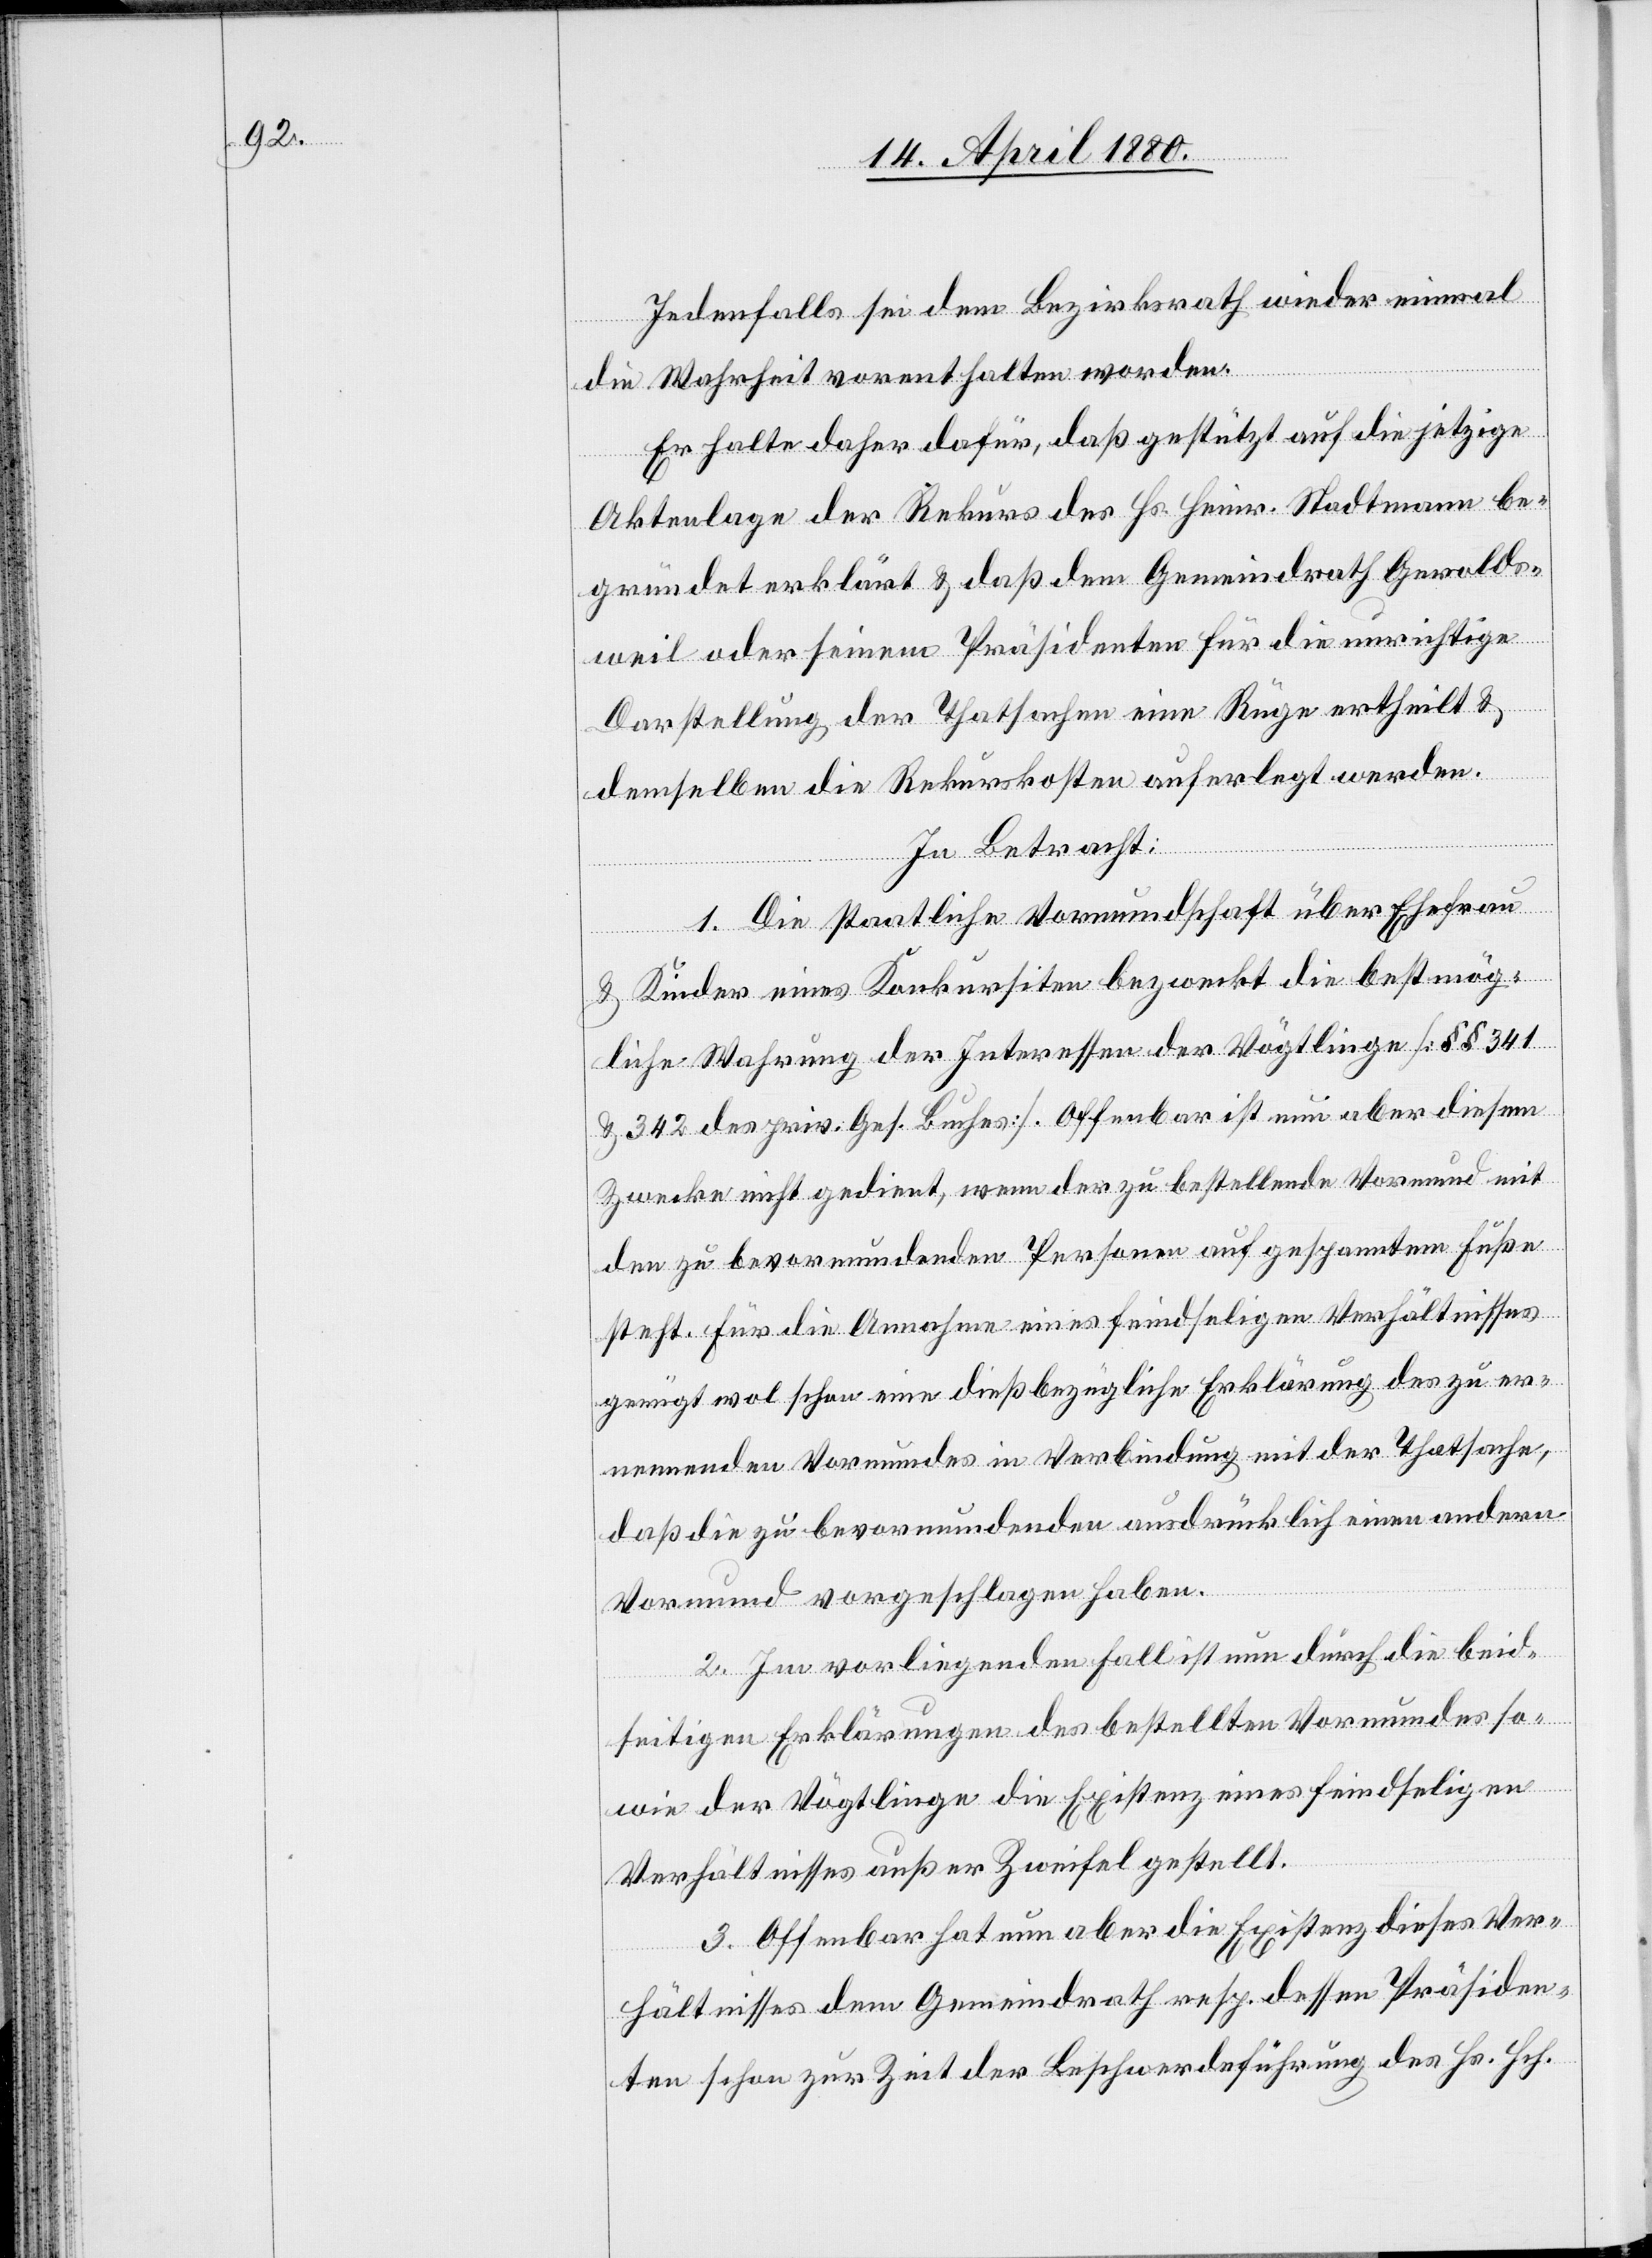
Jedenfalls sei dem Bezirksrath wieder einmal
die Wahrheit vorenthalten worden.
Er halte daher dafür, daß gestützt auf die jetzige
Aktenlage der Rekurs des Hs. Heinr. Stadtmann be¬
gründet erklärt & daß dem Gemeindrath Gerolds¬
weil oder seinem Präsidenten für die unrichtige
Darstellung der Thatsachen eine Rüge ertheilt &
demselben die Rekurskosten auferlegt werden.
In Betracht:
1. Die staatliche Vormundschaft über Ehefrau
& Kinder eines Konkursiten bezweckt die bestmög¬
liche Wahrung der Interessen der Vögtlinge [§§ 341
& 342 des priv. Ges. Buches]. Offenbar ist nun aber diesem
Zwecke nicht gedient, wenn der zu bestellende Vormund mit
den zu bevormundenden Personen auf gespanntem Fuße
steht. Für die Annahme eines feindschaftlichen Verhältnisses
genügt wol schon eine dießbezügliche Erklärung des zu er¬
nennenden Vormundes in Verbindung mit der Thatsache,
daß die zu bevormundenden ausdrücklich einen andern
Vormund vorgeschlagen haben.
2. Im vorliegenden Fall ist nun durch die beid¬
seitigen Erklärungen des bestellten Vormundes so¬
wie der Vögtlinge die Existenz eines feindseligen
Verhältnisses außer Zweifel gestellt.
3. Offenbar hat nun aber die Existenz diese Ver¬
hältnisses dem Gemeindrath resp. dessen Präsiden¬
ten schon zur Zeit der Beschwerdeführung des Hs. Hch.